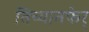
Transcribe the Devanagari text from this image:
तिच्यातफेर्